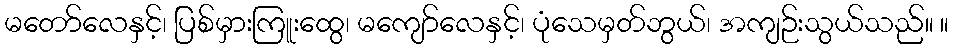
မတော်လေနှင့်၊ ပြစ်မှားကြူးထွေ၊ မကျော်လေနှင့်၊ ပုံသေမှတ်ဘွယ်၊ အကျဉ်းသွယ်သည်။ ။